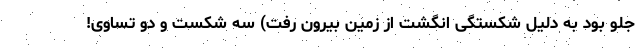
جلو بود به دلیل شکستگی انگشت از زمین بیرون رفت) سه شکست و دو تساوی!